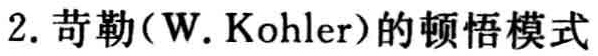
2. 苛勒（W. Kohler）的顿悟模式